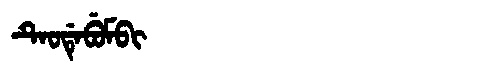
Manchu: ᡨᡝᠣᡩᡝᠪᡠᠮᠪᡳ
Romanization: TEODEBUMBI